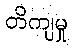
တိကျမှု